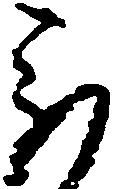
被